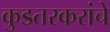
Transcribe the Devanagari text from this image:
कुडतरकरांचे